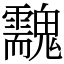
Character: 䰰